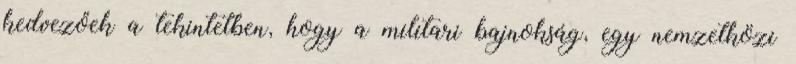
kedvezőek a tekintetben, hogy a militari bajnokság, egy nemzetközi